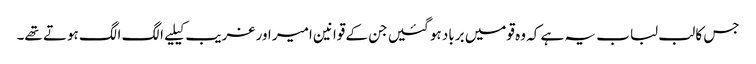
جس کا لب لباب یہ ہے کہ وہ قومیں برباد ہو گئیں جن کے قوانین امیر اور غریب کیلیے الگ الگ ہوتے تھے۔